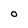
Character: O